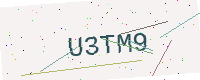
Text: U3TM9